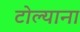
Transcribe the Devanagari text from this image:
टोल्याना